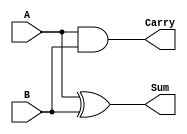
module Parameterized_Half_Adder #(
    parameter input_width = 1
)(
    input [input_width-1:0] A,  // First input operand
    input [input_width-1:0] B,  // Second input operand
    output Sum,                  // Sum output
    output Carry                 // Carry output
);

    // Calculate Sum using XOR operation
    assign Sum = A ^ B;
    
    // Calculate Carry using AND operation
    assign Carry = A & B;

endmodule